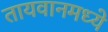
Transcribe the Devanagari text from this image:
तायवानमध्ये